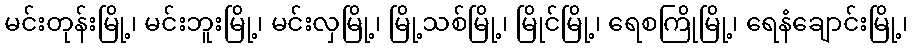
မင်းတုန်းမြို့၊ မင်းဘူးမြို့၊ မင်းလှမြို့၊ မြို့သစ်မြို့၊ မြိုင်မြို့၊ ရေစကြိုမြို့၊ ရေနံချောင်းမြို့၊